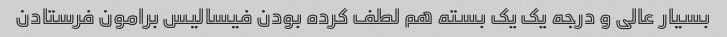
بسیار عالی و درجه یک یک بسته هم لطف کرده بودن فیسالیس برامون فرستادن